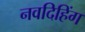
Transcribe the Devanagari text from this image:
नवदिहिंग